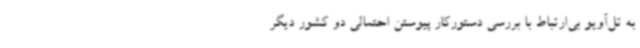
به تل‌آویو بی‌ارتباط با بررسی دستورکار پیوستن احتمالی دو کشور دیگر